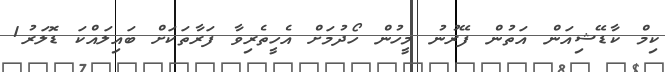
ކިމް ކާޑޭޝިއަން އަތުން ފޭރުނު މީހުން ހޯދުމަށް އެހީތެރިވާ ފަރާތަކަށް ބައިލައްކަ ޑޮލަރު1